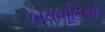
ભવભૂતિએ